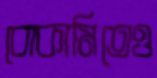
বোকামিতেও